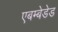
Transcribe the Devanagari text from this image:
एबम्बेडेड